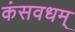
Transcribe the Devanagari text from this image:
कंसवधम्